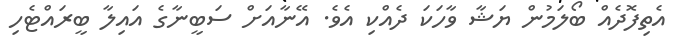
އެތިފޮދެއް ބޯލަމުން ޔަޝާ ވާހަކަ ދެއްކި އެވެ. އޭނާއަށް ސަބީނާގެ އައިލާ ބީރައްޓެހި